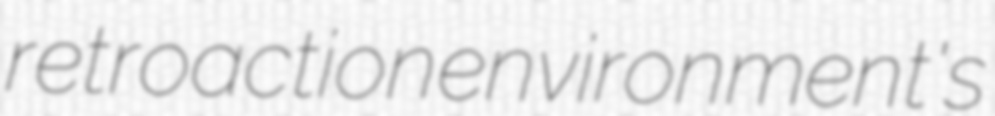
retroaction environment's